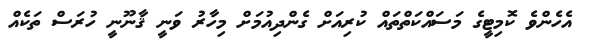
އެހެންވެ ކޮމިޓީގެ މަސައްކަތްތައް ކުރިއަށް ގެންދިއުމަށް މިހާރު ވަނީ ޤާނޫނީ ހުރަސް ތަކެއް